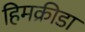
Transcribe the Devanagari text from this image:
हिमक्रीडा